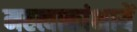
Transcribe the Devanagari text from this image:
महत्वाकांक्षायें